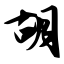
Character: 胡